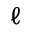
\ell